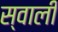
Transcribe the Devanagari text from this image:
स्वाली